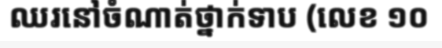
ឈរនៅចំណាត់ថ្នាក់ទាប (លេខ ១០